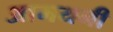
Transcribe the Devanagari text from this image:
आमयनी